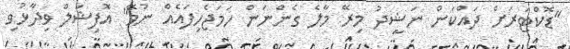
"ޑޮކްޓަރަށް ދައްކަން ނަޝީދު މިރޭ މާލެ ގެންނަން ހަމަޖެހިފައެއް ނުވޭ" އޮފިޝަލް ވިދާޅުވި